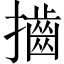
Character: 𢸡